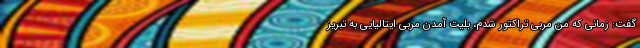
گفت: زمانی که من مربی تراکتور شدم، بلیت آمدن مربی ایتالیایی به تبریز